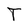
Character: T